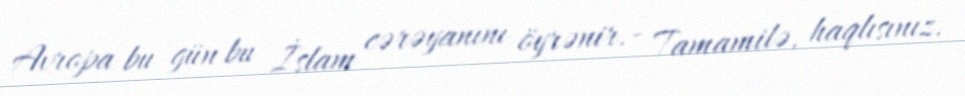
Avropa bu gün bu İslam cərəyanını öyrənir.- Tamamilə, haqlısınız.